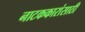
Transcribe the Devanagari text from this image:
नाटककारांसाठी